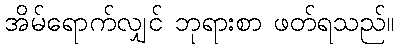
အိမ်ရောက်လျှင် ဘုရားစာ ဖတ်ရသည်။